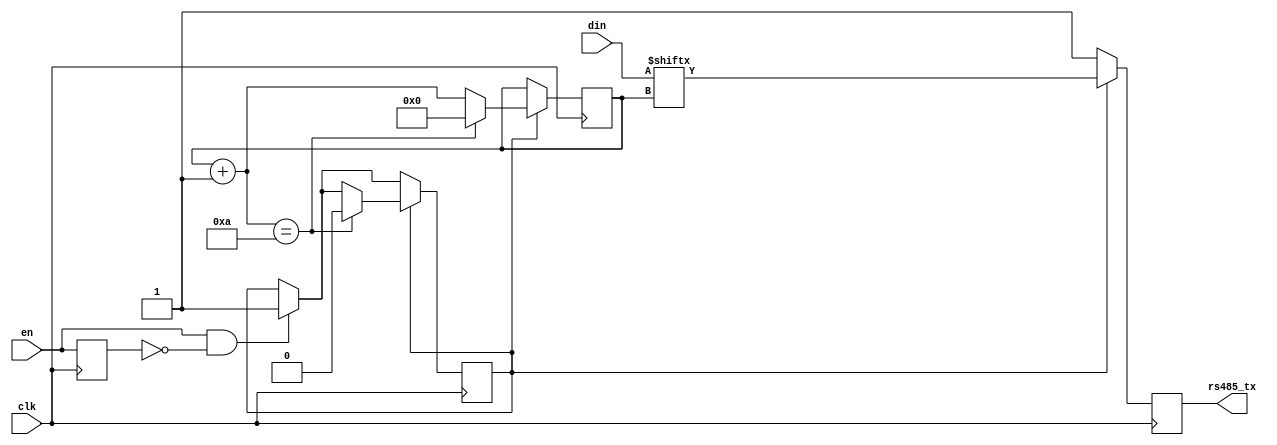
module UART_TX(clk, en,din, rs485_tx/*,oTest*/);
input clk;
input en;
input [9:0] din;
output reg rs485_tx;
//output reg oTest=0;
reg ack=0;
reg temp=0;
//reg tmp=0;
//reg rx=0;
reg [3:0] rsTXcnt=4'b0;
//reg [7:0] cntRst=8'b0;		

//always@(posedge clk)
//begin
//	if(en==0 && tmp==1)begin
//		rx<=1;
//	end 
//	tmp=en;
//	if(rx==1) begin
//		cntRst=cntRst+1;
//		rx<=0;
//	end
//	if(cntRst==144) begin
//			oTest<=1;
//			cntRst=0;
//		end
//		else oTest<=0;
//end			

always@(posedge clk)
begin	
		if(en==1 && temp==0)begin	
			ack<=1;
		end
		temp=en;
		if(ack==1)
					begin
						rs485_tx<=din[rsTXcnt];			// 10   
						rsTXcnt=rsTXcnt+1;
						if(rsTXcnt==10)	begin					//  10- 
								rsTXcnt=0;
								ack<=0;
						end
					end
		else rs485_tx<=1;		//   RS485  .1
end
endmodule